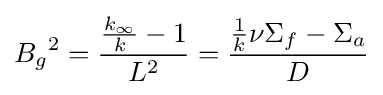
{B_{g}}^{2}={\frac {{\frac {k_{\infty }}{k}}-1}{L^{2}}}={\frac {{\frac {1}{k}}\nu \Sigma _{f}-\Sigma _{a}}{D}}